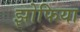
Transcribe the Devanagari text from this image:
झोफिया